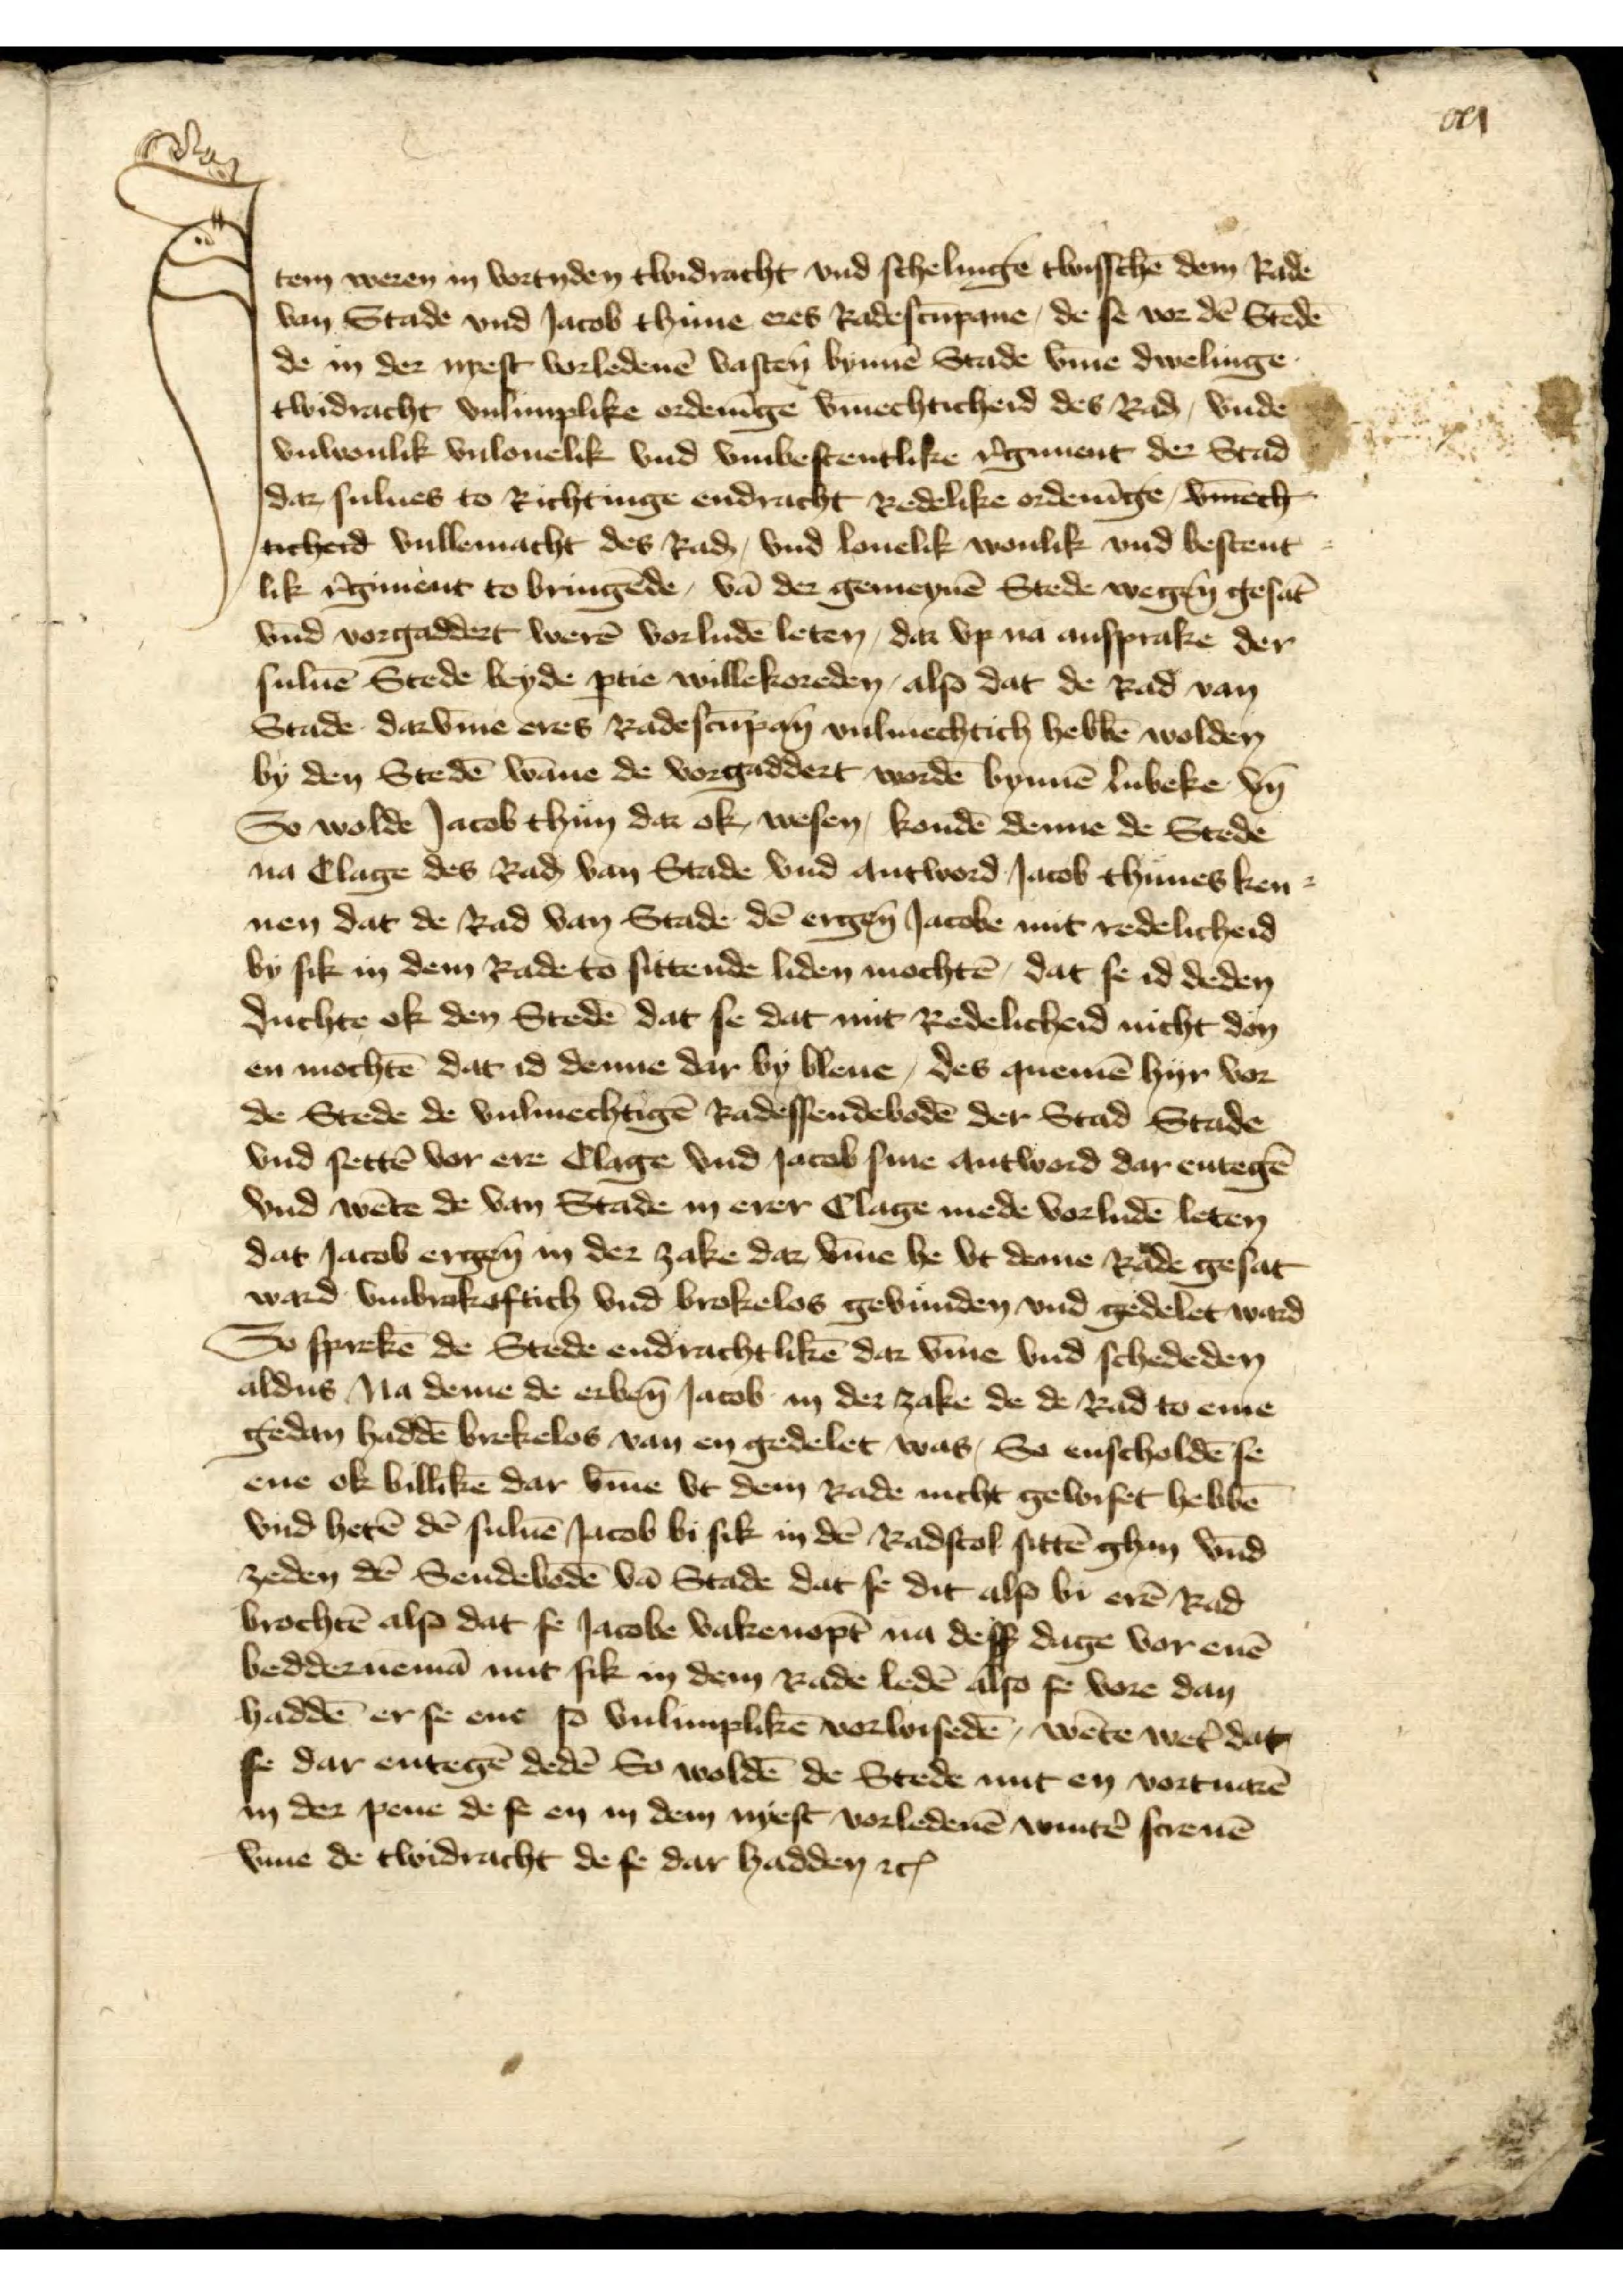
xxi

Item weren in vortyden twidracht vnd schelinge twisschē dem Rade 
van Stade vnd Iacob Thune eres Radescūpane, de se vor dē Stedē
de in der nyest vorledenē vasten̄ bunnē Stade v̄me dwelinge
twidracht vnlimplike ordenīge v̄mechticheid des Rad, vnde 
vulwonlik vnlouelik vnd vmbestentlike r̉giment der Stad
dar sulues to Richtinge endracht Redelike ordenīge, v̄mech
ticheid vullemacht des Rad, vnd louelik wonlik vnd bestent
lik r̉giment to bringēde, vā der gemeynē Stede wegen̄ gesat̄
vnd vorgaddert werē vorludē leten, dar vp na ansprake der 
suluē Stede beyde ꝑtie willekoreden, also dat de Rad van 
Stade darv̄me eres Radescūpan̄ vulmechtich hebbē wolden 
by den Stedē wāne de vorgaddert wordē bynnē Lubeke vn̄
So wolde Iacob Thun dar ok wesen, kondē denne de Stede
na Clage des Rad van Stade vnd antword Iacob Thunes ken-
nen dat de Rad van Stade dē ergen̄ Iacobe mit redelicheid
by sik in dem Rade to sittende liden mochtē, dat se id deden
duchte ok den Stedē dat se dat mit Redelicheid nicht don
en mochtē dat is denne dat by bleue, des quemē hyr vor 
de Stede de vulmechtigē Radessendebodē der Stad Stade
vnd settē vor ere Clage vnd Iacob sine antword dar entegē
vnd wēte de van Stade in erer Clage mede vorludē leten
dat Iacob ergen̄ in der zake dar, v̄me he vt deme Rade gesat
ward vmbrokaftich vnd brokelos gevunden vnd gedelet ward
So sprekē de Stede endrachtlikē dar v̄me vnd schededen
aldus Na deme de erben̄ Iacob in der zake de de Rad to eme
gedan haddē brekelos van en gedelet was, So enscholdē se 
ene ok billikē dar v̄me vt dem Rade nicht gewiset hebbē
vnd hetē dē suluē Iacob bi sik in dē Radstol sittē ghan v̄nd
zeden dē Sendebodē vā Stade dat se dit also bi erē Rad
brochtē also dat se Iacobe vakenopt̄ na desß dage vor enē
beddernemā mit sik in dem Rade ledē also se vore dan
haddē er se ene so vnlimplikē vorwisedē, wēte wet̉ dat
se dar entegē dedē So woldē de Stede mit en vortuarē
in der pene de se en in dem nyest vorledenē wintẻ screuē
v̄me de twidracht de se dar hadden etꝬ